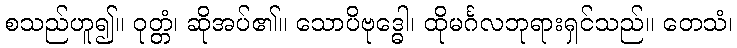
စသည်ဟူ၍။ ဝုတ္တံ၊ ဆိုအပ်၏။ သောပိဗုဒ္ဓေါ၊ ထိုမင်္ဂလဘုရားရှင်သည်။ တေသံ၊